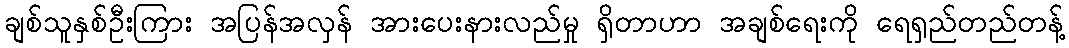
ချစ်သူနှစ်ဦးကြား အပြန်အလှန် အားပေးနားလည်မှု ရှိတာဟာ အချစ်ရေးကို ရေရှည်တည်တန့်